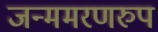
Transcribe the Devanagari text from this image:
जन्ममरणरुप